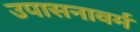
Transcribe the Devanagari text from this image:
उपासनावर्म